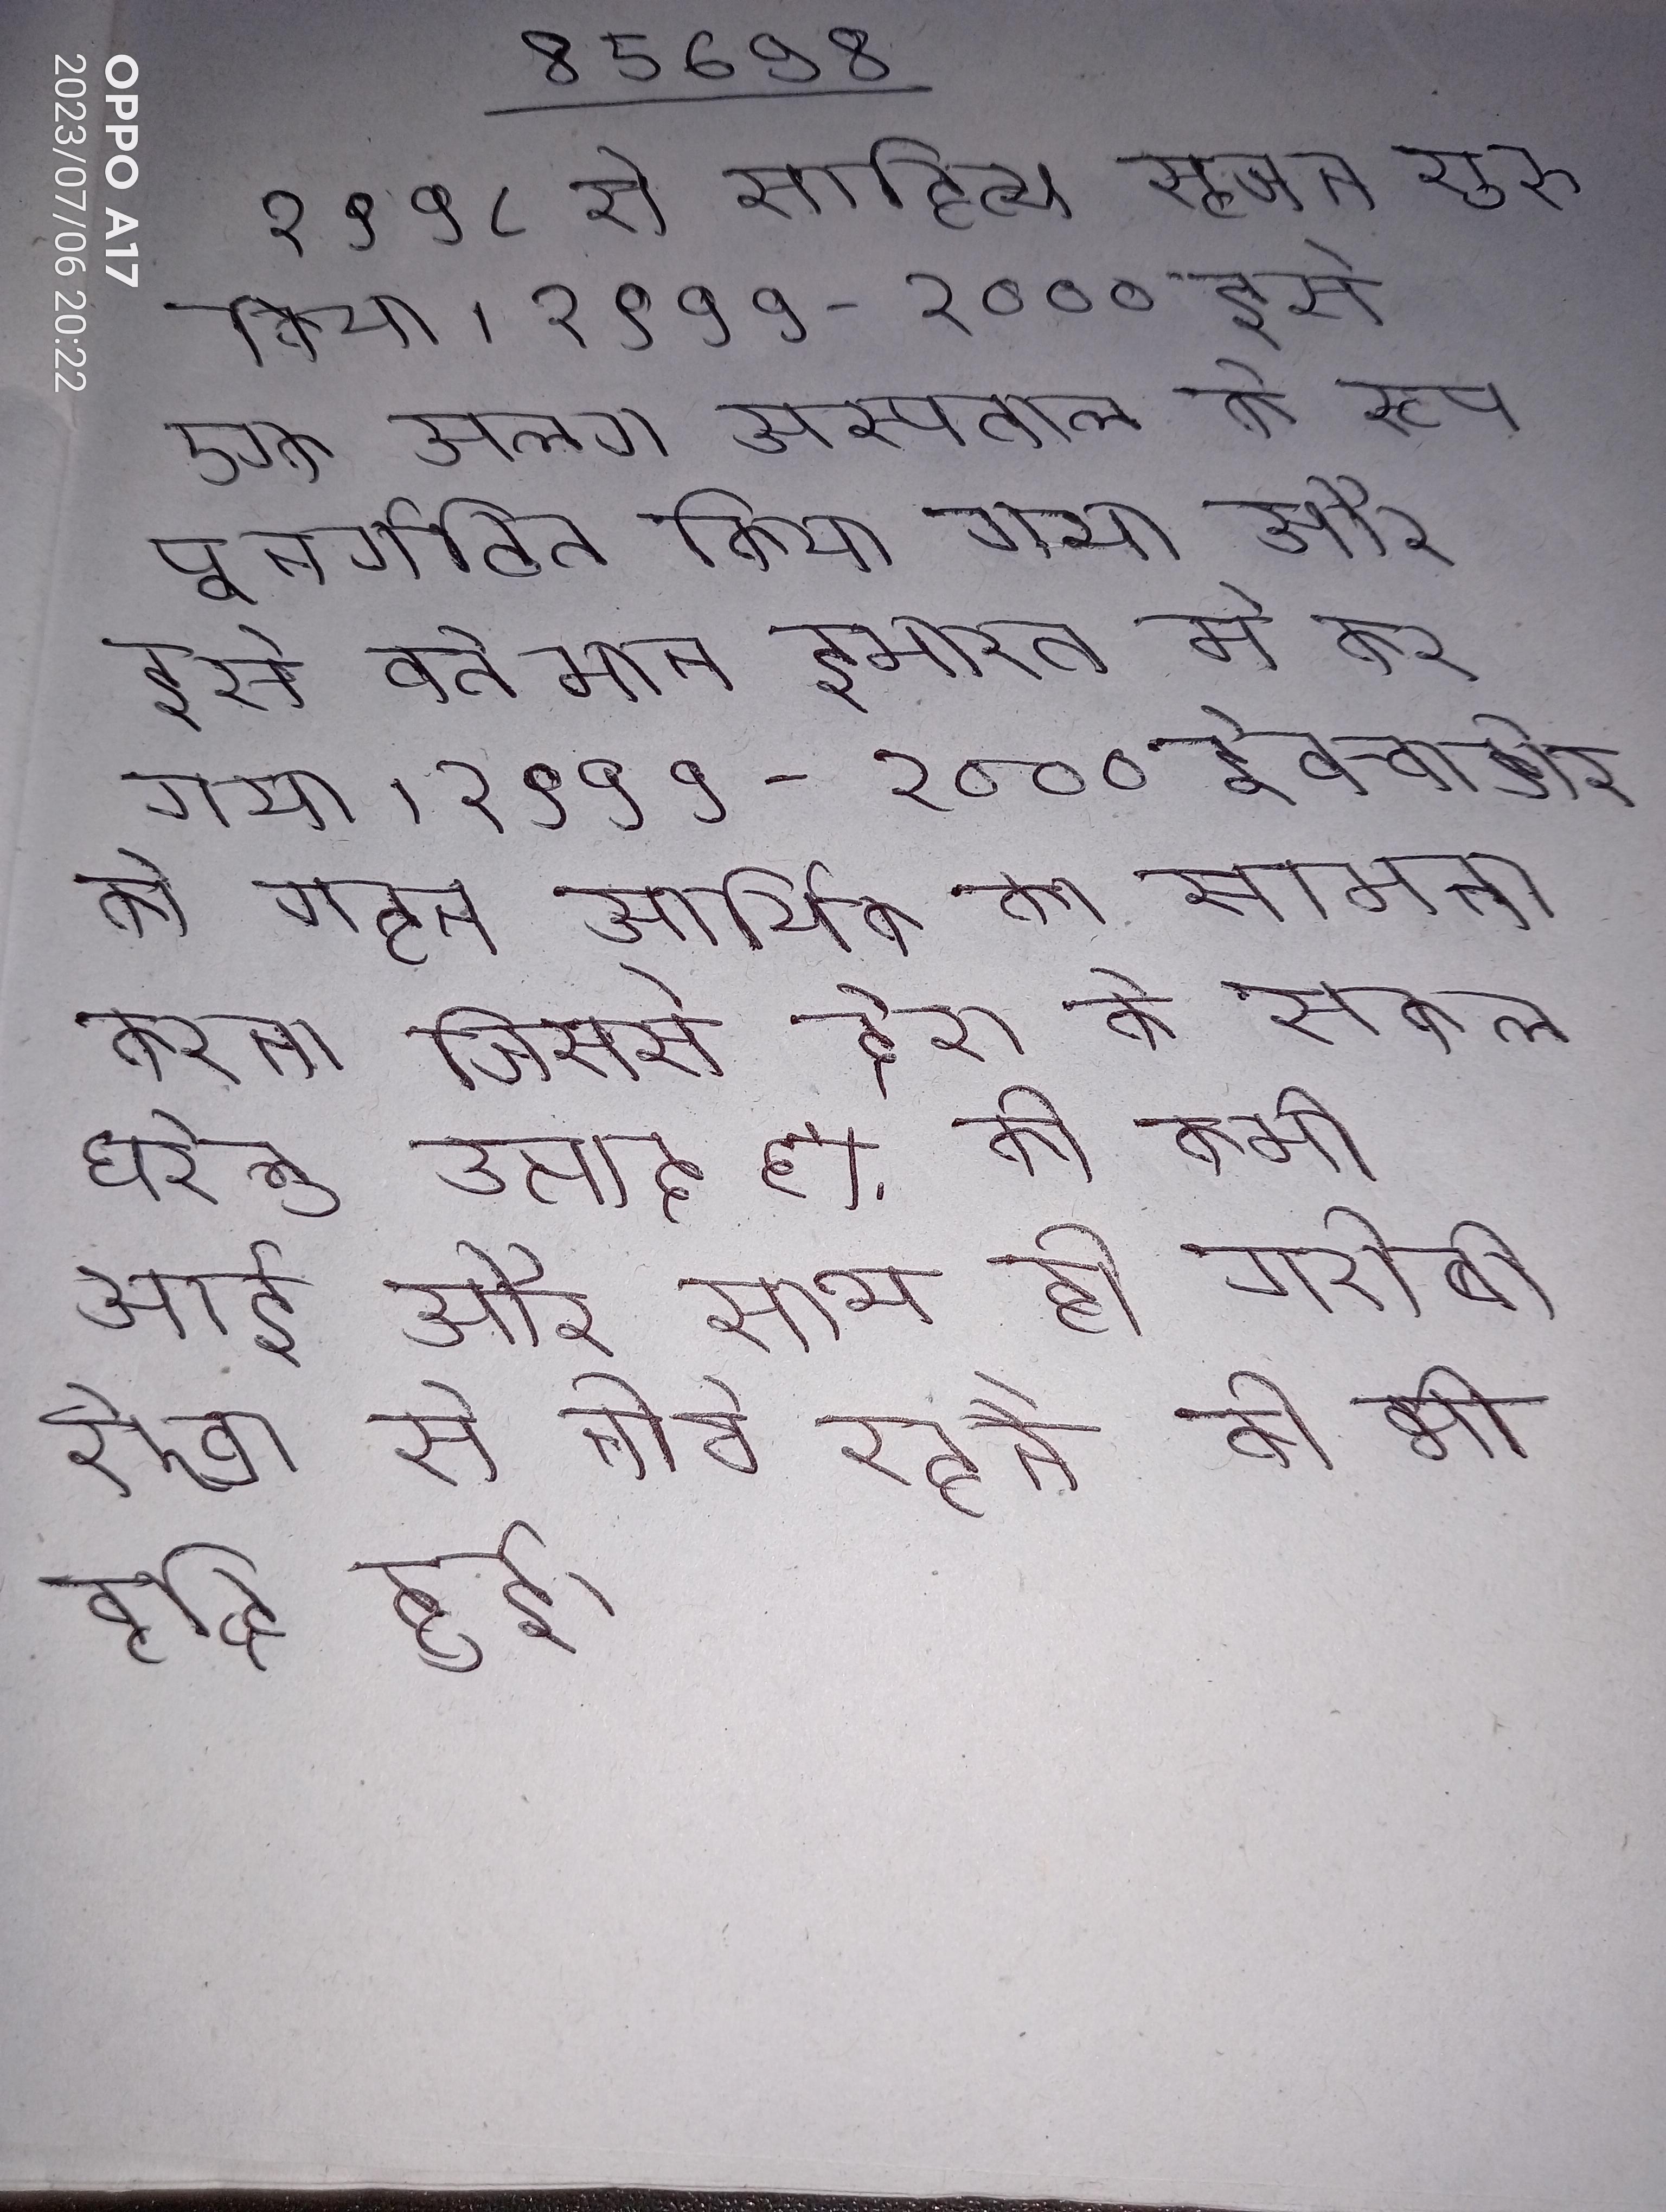
१९९८ से साहित्य सृजन शुरू किया । १९९९ -२००० इसे एक अलग अस्पताल के रूप पुनर्गठित किया गया और इसे वर्तमान इमारत मे कर गया । १९९९-२००० ईक्वाडोर को गहन आर्थिक का सामना करना जिससे देश के सकल घरेलु उत्पाद ६% की कमी आई और साथ ही गरीबी रेखा से नीचे रहने की भी वृद्धि हुई ।